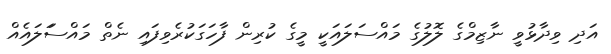
އަދި ވިދާޅުވީ ނާޒިމްގެ ލޮލުގެ މައްސަލައަކީ މީގެ ކުރިން ފާހަގަކުރެވިފައި ނެތް މައްސަަލައެއް